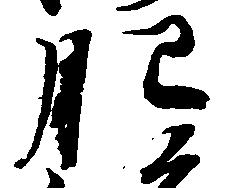
肥